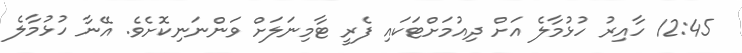
12:45 ހާއިރު ހުޅުމާލެ އަށް ދިއުމަށްޓަކައި ފެރީ ޓާމިނަލަށް ވަންނަނިކޮށެވެ. އޭނާ ހުޅުމާލެ